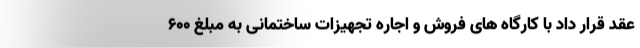
عقد قرار داد با کارگاه های فروش و اجاره تجهیزات ساختمانی به مبلغ ۶۰۰